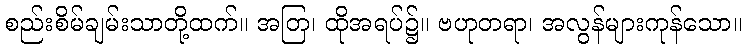
စည်းစိမ်ချမ်းသာတို့ထက်။ အတြ၊ ထိုအရပ်၌။ ဗဟုတရာ၊ အလွန်များကုန်သော။